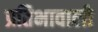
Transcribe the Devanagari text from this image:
प्रतिभावाली